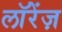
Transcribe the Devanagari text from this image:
लॉरेंज़